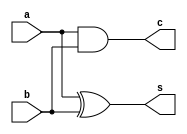
module half_adder(s, c, a, b);

	input a, b;
	output s, c;
	xor(s, a, b);
	and(c, a, b);

endmodule